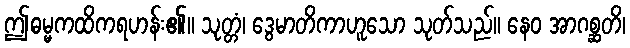
ဤဓမ္မကထိကရဟန်း၏။ သုတ္တံ၊ ဒွေမာတိကာဟူသော သုတ်သည်။ နေဝ အာဂစ္ဆတိ၊